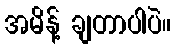
အမိန့် ချတာပါပဲ။